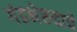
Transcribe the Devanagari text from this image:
गंडभेरुडाचे